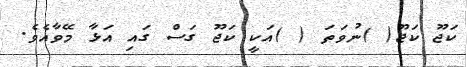
ކަޖޫ ކަޖޫ( )ނުވަތަ ( )އަކީ ކަޖޫ ގަސް ގައި އަޅާ މޭވާއެވެ.